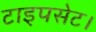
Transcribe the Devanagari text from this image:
टाइपसेट।